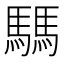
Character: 騳